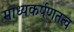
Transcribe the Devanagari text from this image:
माध्यकर्षणतत्व